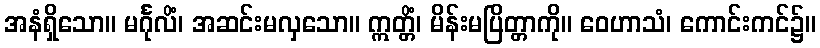
အနံရှိသော။ မင်္ဂုလိံ၊ အဆင်းမလှသော။ ဣတ္တိံ၊ မိန်းမပြိတ္တာကို။ ဝေဟာသံ၊ ကောင်းကင်၌။